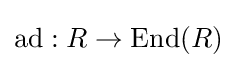
\mathrm {ad} :R\to \mathrm {End} (R)